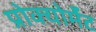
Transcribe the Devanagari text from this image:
प्रोक्योर्मेंट